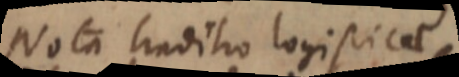
Nota traditio logisticae